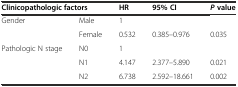
| <COLSPAN=2> Clinicopathologic factors | HR | 95% CI | Pvalue |
 | --- | --- | --- | --- | --- |
 | <ROWSPAN=2> Gender | Male | 1 |  |  |
 | Female | 0.532 | 0.385–0.976 | 0.035 |
 | <ROWSPAN=3> Pathologic N stage | N0 | 1 |  |  |
 | N1 | 4.147 | 2.377–5.890 | 0.021 |
 | N2 | 6.738 | 2.592–18.661 | 0.002 |